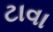
ટાવા